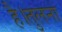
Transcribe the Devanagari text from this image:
है।तुलना